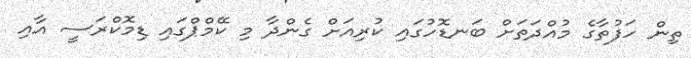
ތިން ހަފުތާގެ މުއްދަތަށް ބަނޑޮހުގައި ކުރިއަށް ގެންދާ މި ކޭމްޕްގައި ޑިމޮކްރަސީ އާއި